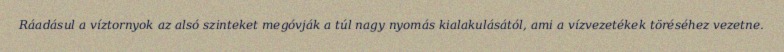
Ráadásul a víztornyok az alsó szinteket megóvják a túl nagy nyomás kialakulásától, ami a vízvezetékek töréséhez vezetne.